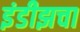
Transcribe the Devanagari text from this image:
इंडीझचा